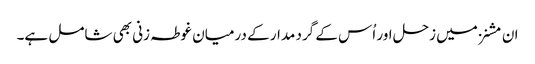
ان مشنز میں زحل اور اُس کے گرد مدار کے درمیان غوطہ زنی بھی شامل ہے۔